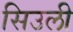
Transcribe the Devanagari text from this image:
सिउली